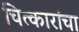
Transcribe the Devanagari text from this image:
चित्कारांचा